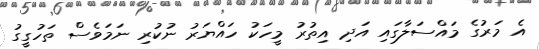
އެ މަރުގެ މައްސަލާގައި އަދި އިތުރު މީހަކު ހައްޔަރު ނުކުރި ނަމަވެސް ތަހުގީގު